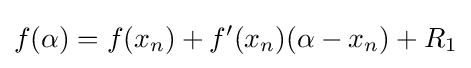
f(\alpha )=f(x_{n})+f'(x_{n})(\alpha -x_{n})+R_{1}